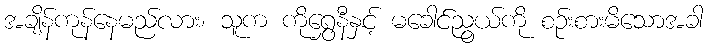
အချိန်ကုန်နေမည်လား၊ သူက ကိုရွှေနီနှင့် မခေါင်ညွယ်ကို စဉ်းစားမိသောအခါ